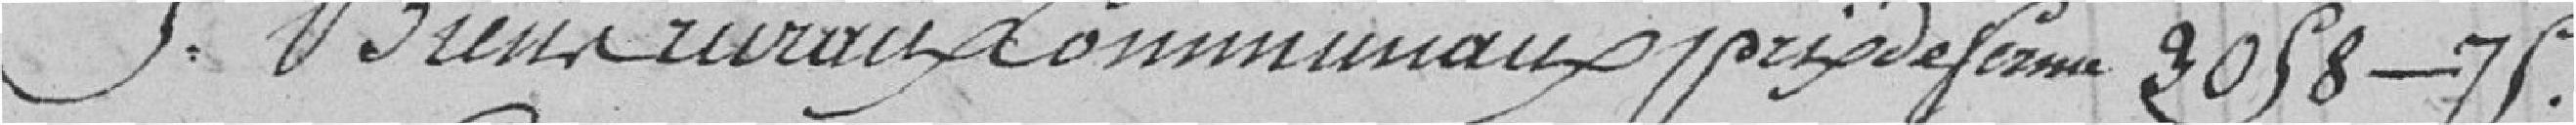
5. Biens ruraux communaux prix de ferme